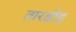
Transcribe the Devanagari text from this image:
तारडीह